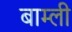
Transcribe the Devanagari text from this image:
बाम्ली